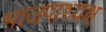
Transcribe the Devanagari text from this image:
भाजपाध्यक्ष